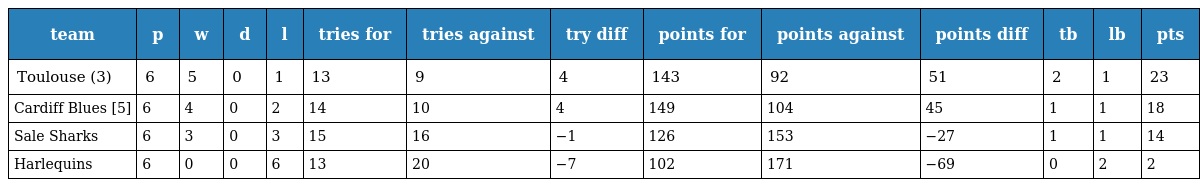
| team | p | w | d | l | tries for | tries against | try diff | points for | points against | points diff | tb | lb | pts |
 | --- | --- | --- | --- | --- | --- | --- | --- | --- | --- | --- | --- | --- | --- |
 | Toulouse (3) | 6 | 5 | 0 | 1 | 13 | 9 | 4 | 143 | 92 | 51 | 2 | 1 | 23 |
 | Cardiff Blues [5] | 6 | 4 | 0 | 2 | 14 | 10 | 4 | 149 | 104 | 45 | 1 | 1 | 18 |
 | Sale Sharks | 6 | 3 | 0 | 3 | 15 | 16 | −1 | 126 | 153 | −27 | 1 | 1 | 14 |
 | Harlequins | 6 | 0 | 0 | 6 | 13 | 20 | −7 | 102 | 171 | −69 | 0 | 2 | 2 |